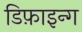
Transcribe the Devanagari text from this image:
डिफ़ाइन्ग